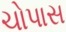
ચોપાસ